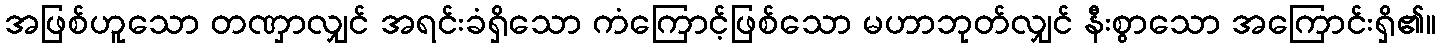
အဖြစ်ဟူသော တဏှာလျှင် အရင်းခံရှိသော ကံကြောင့်ဖြစ်သော မဟာဘုတ်လျှင် နီးစွာသော အကြောင်းရှိ၏။